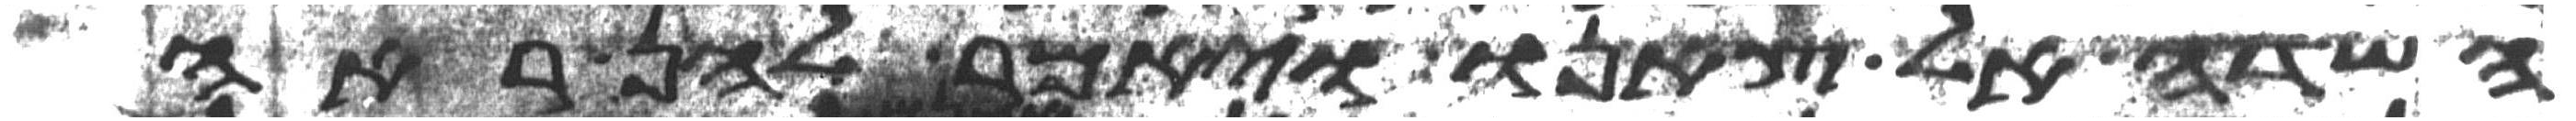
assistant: השדה אל צאנו ויאמר להן ראה